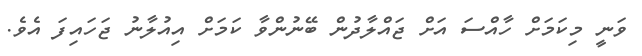
ވަނީ މިކަމަށް ހާއްސަ އަށް ޖައްލާދުން ބޭނުންވާ ކަމަށް އިއުލާނު ޖަހައިފަ އެވެ.